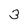
Character: 3